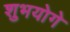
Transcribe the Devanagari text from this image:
शुभयोगे